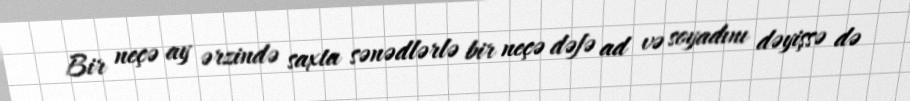
Bir neçə ay ərzində saxta sənədlərlə bir neçə dəfə ad və soyadını dəyişsə də